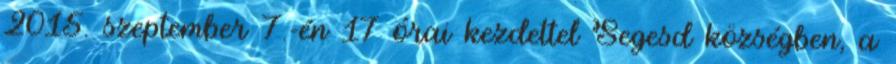
2015. szeptember 7.-én 17 órai kezdettel Segesd községben, a